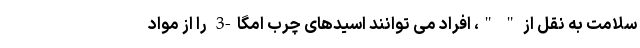
سلامت به نقل از " "، افراد می توانند اسیدهای چرب امگا-3 را از مواد